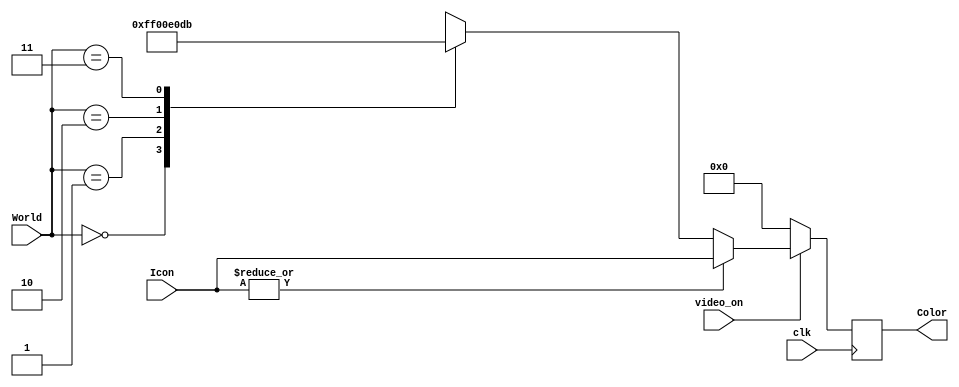
`timescale 1ns / 1ps
//////////////////////////////////////////////////////////////////////////////////
// Portland State University, ECE 540 Embedded System
// Project 2: RoJobot world
// Copyright by Dung Le & Eric Krause
// 
// Design Name: 
// Module Name:    nexys3fpga 
// Project Name: 
// Target Devices: 
// Tool versions: 
// Description: 
//
// Dependencies: 
//
// Revision: 
// Revision 0.01 - File Created
// Additional Comments: 
//
//////////////////////////////////////////////////////////////////////////////////
module colorizer(
    input clk,
    input [1:0] World,
    input [7:0] Icon,
	input video_on,
    output reg [7:0] Color
    );
	
	parameter BLACK = 8'b00000000;
	parameter WHITE	= 8'b11111111;
	parameter GREY	= 8'b11011011;
	parameter RED	= 8'b11100000;
	parameter GREEN	= 8'b00011100;
	
	always @(posedge clk)
	begin
		if (video_on == 0)		// if video off, output black
			Color <= BLACK;
		
		else if (|Icon)			// if icon is any color but black, pass through
			Color <= Icon;
			
		else
			case (World)		// else, mux 2-bit World to determine 8-bit color
				2'b00	:	Color <= WHITE;	// background color
				2'b01	:	Color <= BLACK; // black line
				2'b10	:	Color <= RED;	// obstruction
				2'b11	:	Color <= GREY;	
			endcase
	end
endmodule